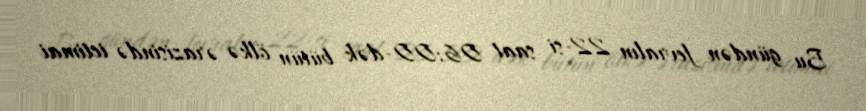
Bu gündən fevralın 22-si saat 06:00-dək bütün ölkə ərazisində ictimai